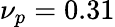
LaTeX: \nu_{p}=0.31